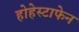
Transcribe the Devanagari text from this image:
होहेस्टाफेन